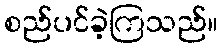
စည်ပင်ခဲ့ကြသည်။